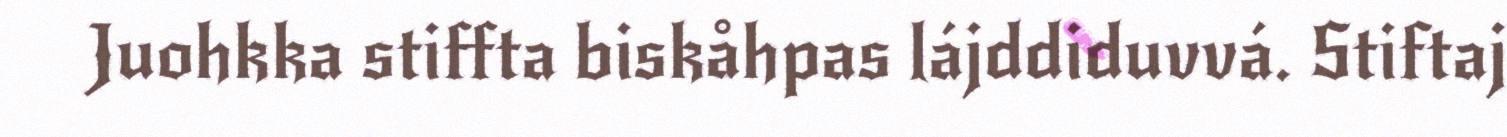
Juohkka stiffta biskåhpas lájddiduvvá. Stiftaj